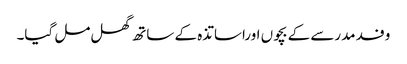
وفد مدرسے کے بچوں اوراساتذہ کے ساتھ گھل مل گیا۔